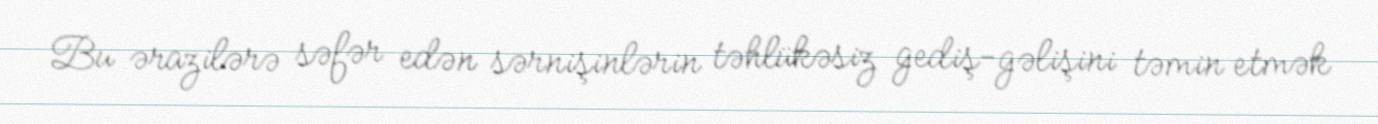
Bu ərazilərə səfər edən sərnişinlərin təhlükəsiz gediş-gəlişini təmin etmək